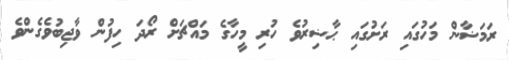
ރަމަޟާން މަހުގައި ރަށުގައި ޙާޟިރުވެ ހުރި މީހާގެ މައްޗަށް ރޯދަ ހިފުން ވާޖިބުވެގެންވެ